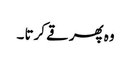
وہ پھر قے کرتا ۔